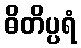
ဓိတိပ္ပရံ